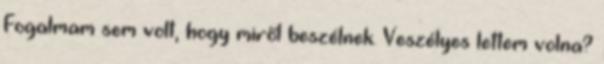
Fogalmam sem volt, hogy miről beszélnek. Veszélyes lettem volna?